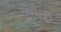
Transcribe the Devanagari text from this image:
दोषही